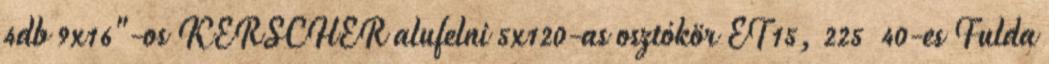
4db 9x16"-os KERSCHER alufelni 5x120-as osztókör ET15, 225 40-es Fulda